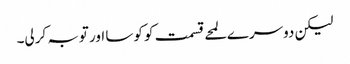
لیکن دوسرے لمحے قسمت کو کوسا اور توبہ کرلی۔